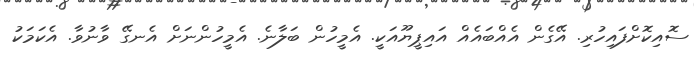
ސޮއިކޮށްފައިހުރި. އޭގެން އެއްބައެއް އައިޕީޔޫއަކީ. އެމީހުން ބަލާނެ. އެމީހުންނަށް އެނގޭ ވާނުވާ. އެކަމަކު